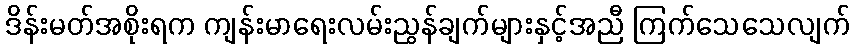
ဒိန်းမတ်အစိုးရက ကျန်းမာရေးလမ်းညွန်ချက်များနှင့်အညီ ကြက်သေသေလျက်